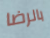
بالرضا